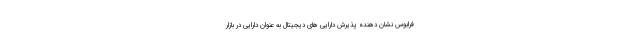
فرابوس نشان دهنده پذیرش دارایی های دیجیتال به عنوان دارایی در بازار